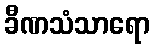
ခီဏသံသာရော